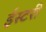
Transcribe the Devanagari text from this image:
ईस्टरी